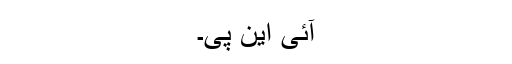
آئی این پی۔